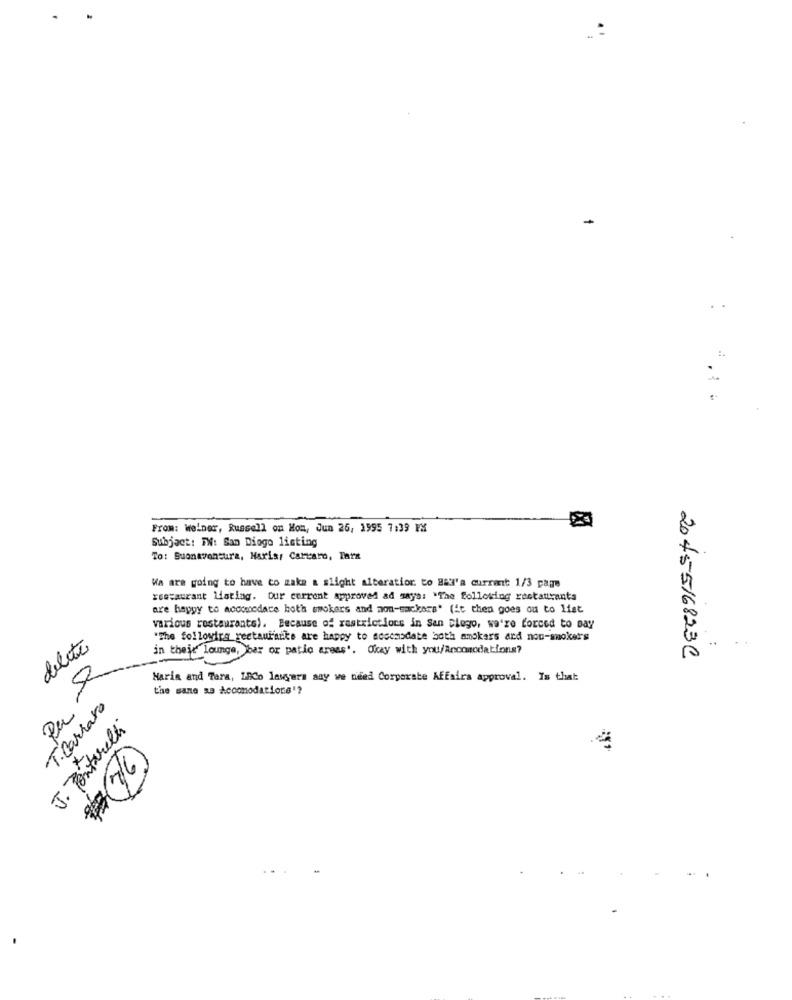
From: Weiner, Russell on Mon, Jun 26, 1995 7:39 FM
Subject: FW: Sam Diogo listing
To: Buonaventura, Haris: Cartaro, Para
Wa are going to have to zaka a slight alteration. to Bal'a current 1/3 page
restaurant listing. Our current approved ad says: "The following restaurants
are happy to accomodate both smokers and non-sackera' (it then goes ou to list
various restaurante). Because of restrictions in San Diego, we're forced to say
"The following restaurante are happy to accomodate both amokers and non-smokers
delete
in their lounge, ber or patio areas'. Okay with you/Ancomodations?
2045516823C
Haria and Tara, 18Co lawyers aay we need Corporate Affairs approval. Is that
the same as Accomodations'?
T. Carraro
Pa
J. Pontarelli
22)E/